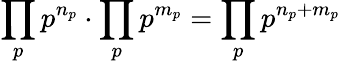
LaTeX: \prod_{p}p^{n_{p}}\cdot\prod_{p}p^{m_{p}}=\prod_{p}p^{n_{p}+m_{p}}